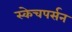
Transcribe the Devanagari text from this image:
स्केचपर्सन